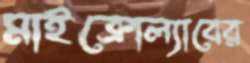
মাইক্রোল্যাবের